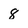
Character: 8